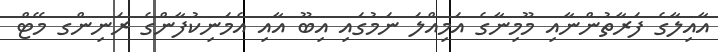
އާއިލާގެ ފަރާތުންނާއި މޫމިނާގެ އަމިއްލަ ނަމުގައި އިބޫ އާއި އެމަނިކުފާންގެ ރަނިންގ މޭޓް